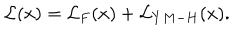
{ \cal { L } } ( x ) = { \cal L } _ { F } ( x ) + { \cal L } _ { Y M - H } ( x ) .